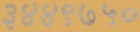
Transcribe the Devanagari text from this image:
३४४९७५०